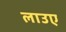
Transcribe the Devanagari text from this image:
लाउए